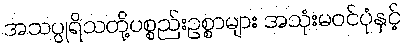
အသပ္ပုရိသတို့ပစ္စည်းဥစ္စာများ အသုံးမဝင်ပုံနှင့်